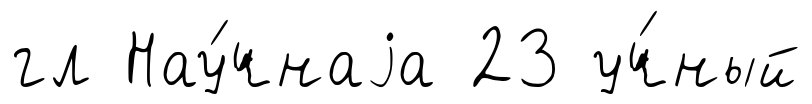
гл Нау́чнаjа 23 уч́ный